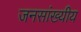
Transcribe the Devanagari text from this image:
जनसांख्यीय